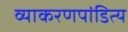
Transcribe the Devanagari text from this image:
व्याकरणपांडित्य